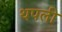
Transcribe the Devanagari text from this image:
थपली